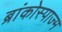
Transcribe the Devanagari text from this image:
ब्रांकोस्पाज्म